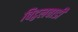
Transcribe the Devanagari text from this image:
विट्ठलवाडी